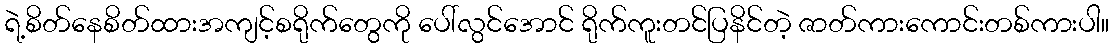
ရဲ့စိတ်နေစိတ်ထားအကျင့်စရိုက်တွေကို ပေါ်လွင်အောင် ရိုက်ကူးတင်ပြနိင်တဲ့ ဇာတ်ကားကောင်းတစ်ကားပါ။